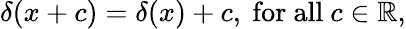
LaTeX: \delta(x+c)=\delta(x)+c,{\mathrm{~for~all~}}c\in\mathbb{R},